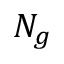
N _ { g }